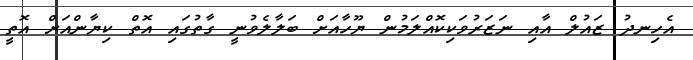
އެހިނދު ޒައުލް އާއި ނަޒަރުވަކިކޮއްލަމުން ޔޫހާއަށް ބަލާލެވުނީ ގާތުގައި އޮތް ކިޔާންއަށް އޮތީ